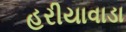
હરીયાવાડા